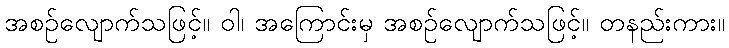
အစဉ်လျောက်သဖြင့်။ ဝါ၊ အကြောင်းမှ အစဉ်လျောက်သဖြင့်။ တနည်းကား။